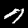
Label: 7